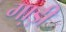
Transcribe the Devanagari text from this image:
गा़ड़ी